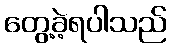
တွေ့ခဲ့ရပါသည်